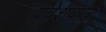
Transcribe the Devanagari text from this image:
प्रवेशपात्र